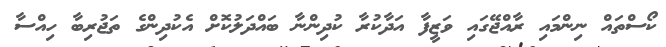
ކޯސްތައް ނިންމައި ރާއްޖޭގައި ވަޒީފާ އަދާކުރާ ކުދިންނާ ބައްދަލުކޮށް އެކުދިންގެ ތަޖުރިބާ ހިއްސާ